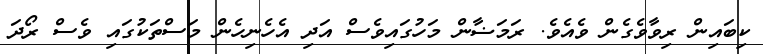
ކިބައިން ރިވާވެގެން ވެއެވެ. ރަމަޟާން މަހުގައިވެސް އަދި އެހެނިހެން މަސްތަކުގައި ވެސް ރޯދަ